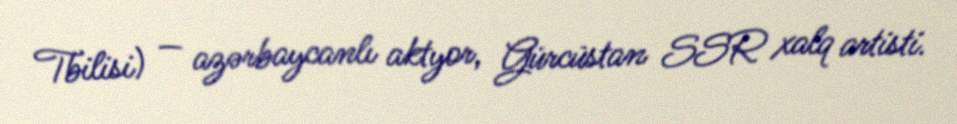
Tbilisi) — azərbaycanlı aktyor, Gürcüstan SSR xalq artisti.